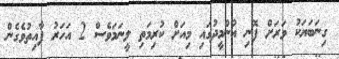
ގިނަބަޔަކު ވަރަށް ފޮނި އުންމީދުގައި މިއަށް ކުރިމަތި ލީނަމަވެސް 2 އަހަރު ފާއިތުވެގެން